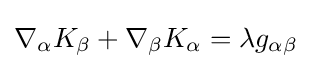
\nabla _{\alpha }K_{\beta }+\nabla _{\beta }K_{\alpha }=\lambda g_{\alpha \beta }